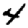
Digit: 4